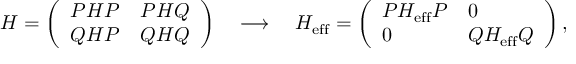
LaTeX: H = \left( \begin{array} { l l } { { P H P } } & { { P H Q } } \\ { { Q H P } } & { { Q H Q } } \end{array} \right) \quad \longrightarrow \quad H _ { \mathrm { e f f } } = \left( \begin{array} { l l } { { P H _ { \mathrm { e f f } } P } } & { { 0 } } \\ { { 0 } } & { { Q H _ { \mathrm { e f f } } Q } } \end{array} \right) ,